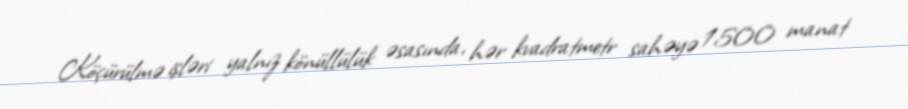
Köçürülmə işləri yalnız könüllülük əsasında, hər kvadratmetr sahəyə 1500 manat